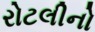
રોટલીનો